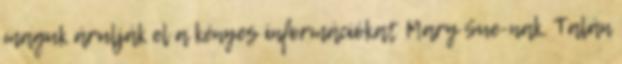
maguk árulják el a kényes információkat Mary Sue-nak. Talán